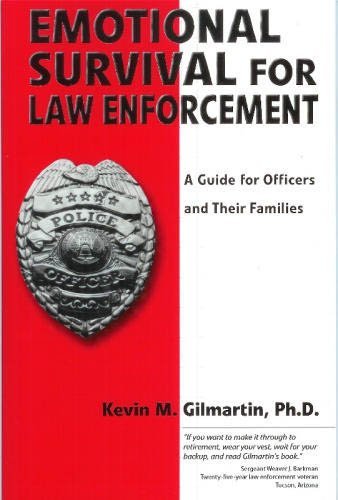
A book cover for Emotional survival for law enforcement: A guide for officers and their families; Kevin M Gilmartin; Law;